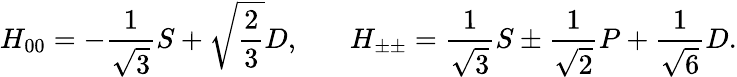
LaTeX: H_{00}=-{\frac{1}{\sqrt{3}}}S+\sqrt{{\frac{2}{3}}}D,~~~~~~~H_{\pm\pm}={\frac{1}{\sqrt{3}}}S\pm{\frac{1}{\sqrt{2}}}P+{\frac{1}{\sqrt{6}}}D.